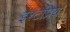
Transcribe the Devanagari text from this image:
इश्टप्रिय